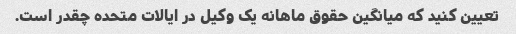
تعیین کنید که میانگین حقوق ماهانه یک وکیل در ایالات متحده چقدر است.